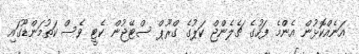
އަނެއްކޮޅުން އެންމެ ފަހުގެ ޗެލެންޖް ކަޕުގެ ގްރޫޕް ސްޓޭޖުން ކެޓީ ވެސް ކަތުމަންޑޫގައި